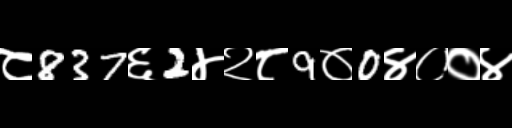
Text: ८837६2४२८9०0४००४